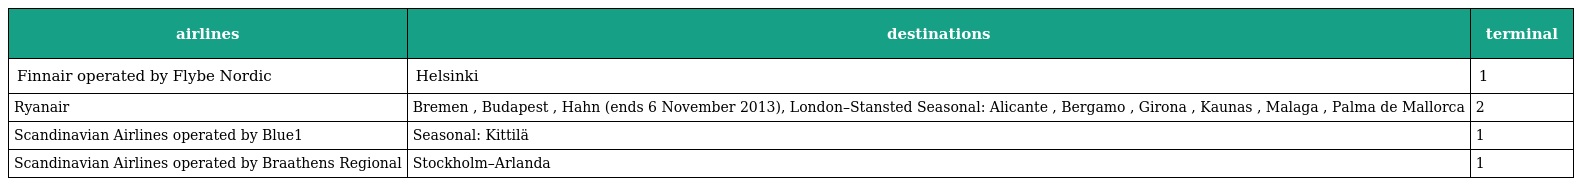
| airlines | destinations | terminal |
 | --- | --- | --- |
 | Finnair operated by Flybe Nordic | Helsinki | 1 |
 | Ryanair | Bremen , Budapest , Hahn (ends 6 November 2013), London–Stansted Seasonal: Alicante , Bergamo , Girona , Kaunas , Malaga , Palma de Mallorca | 2 |
 | Scandinavian Airlines operated by Blue1 | Seasonal: Kittilä | 1 |
 | Scandinavian Airlines operated by Braathens Regional | Stockholm–Arlanda | 1 |